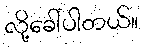
လို့ခေါ်ပါတယ်။